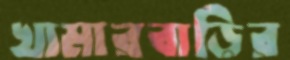
খামারবাড়ির